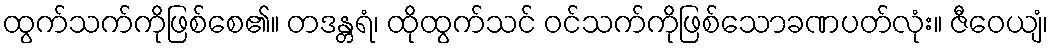
ထွက်သက်ကိုဖြစ်စေ၏။ တဒန္တရံ၊ ထိုထွက်သင် ဝင်သက်ကိုဖြစ်သောခဏပတ်လုံး။ ဇီဝေယျံ၊